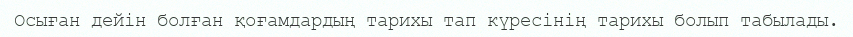
Осыған дейін болған қоғамдардың тарихы тап күресінің тарихы болып табылады.